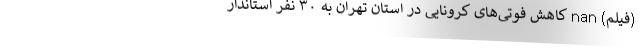
(فیلم) nan کاهش فوتی‌های کرونایی در استان تهران به ۳۰ نفر استاندار